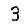
Digit: 3